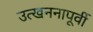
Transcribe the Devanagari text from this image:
उत्खननापूर्वी